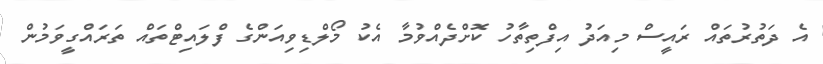
އެ ދަތުރުތައް ރައީސް މިއަދު އިފްތިތާހު ކޮށްދެއްވުމާ އެކު މޯލްޑިވިއަންގެ ފްލައިޓްތައް ތަރައްގީވަމުން